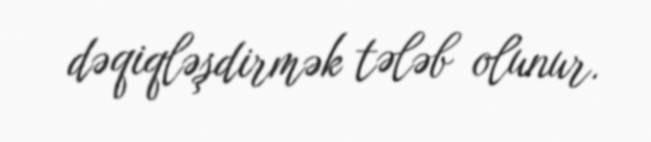
dəqiqləşdirmək tələb olunur.